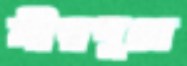
মীরপুরে